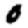
Digit: 0